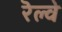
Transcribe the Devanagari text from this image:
रॆल्वे